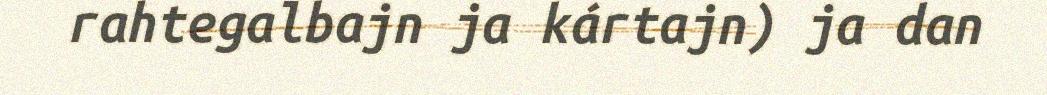
rahtegalbajn ja kártajn) ja dan